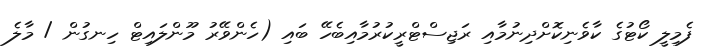
ފެމިލީ ކޯޓުގެ ކާވެނިކޮށްދިނުމާއި ރަޖިސްޓްރީކުރުމާއިބެހޭ ބައި (ހެންވޭރު މޫންލައިޓް ހިނގުން / މާލެ